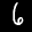
Label: 6